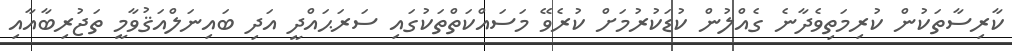
ކާރިސާތަކުން ކުރިމަތިވެދާނެ ގެއްލުން ކުޑަކުރުމަށް ކުރެވޭ މަސައްކަތްތަކުގައި ސަރަޙައްދީ އަދި ބައިނަލްއަޤުވާމީ ތަޖުރިބާއާއި